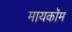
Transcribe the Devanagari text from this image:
मायकॉम